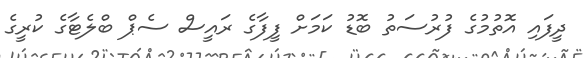
ދީފައި އޮތުމުގެ ފުރުސަތު ބޮޑު ކަމަށް ފީފާގެ ރައީސް ސެޕް ބްލެޓާގެ ކުރީގެ